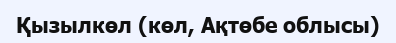
Қызылкөл (көл, Ақтөбе облысы)